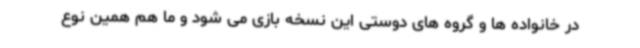
در خانواده ها و گروه های دوستی این نسخه بازی می شود و ما هم همین نوع